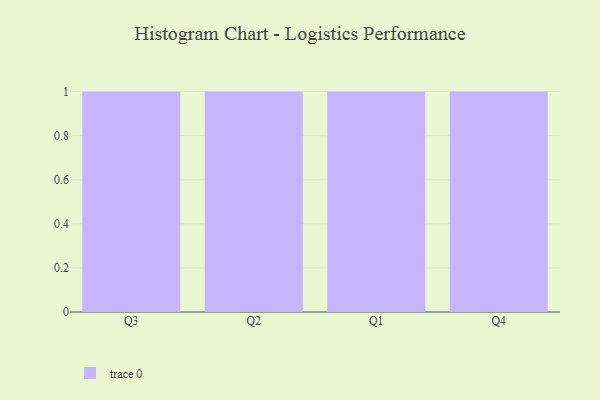
{"axis": {"x": "Quarter", "y": "Net Income (USD K)"}, "legend": [""], "data": [{"x": "Q3", "y": 99, "type": ""}, {"x": "Q2", "y": 69, "type": ""}, {"x": "Q1", "y": 20, "type": ""}, {"x": "Q4", "y": 98, "type": ""}]}